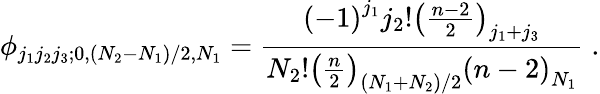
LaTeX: \phi_{j_{1}j_{2}j_{3};0,(N_{2}-N_{1})/2,N_{1}}=\frac{{(-1)}^{j_{1}}j_{2}!{\left(\frac{n-2}{2}\right)}_{j_{1}+j_{3}}}{N_{2}!{\left(\frac{n}{2}\right)}_{(N_{1}+N_{2})/2}{(n-2)}_{N_{1}}}\; .